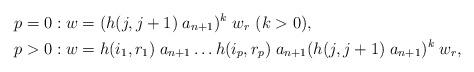
LaTeX: \begin{align*}\begin{aligned} p=0 : w &= (h(j,j+1) \; a_{n+1} )^k \; w_r \ ( k>0), \\ p>0 :w &= h(i_1, r_1) \; a_{n+1} \dots h(i_p, r_p) \; a_{n+1} (h(j,j+1) \; a_{n+1} )^k \; w_r , \end{aligned} \end{align*}